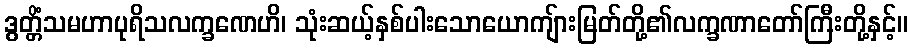
ဒွတ္တိံသမဟာပုရိသလက္ခဏေဟိ၊ သုံးဆယ့်နှစ်ပါးသောယောကျ်ားမြတ်တို့၏လက္ခဏာတော်ကြီးတို့နှင့်။